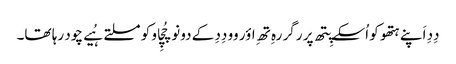
دِدِ اَپنے ہتھو کو اُسکے پِتھ پر رگر رہِ تھِ اؤر وو دِدِ کے دونو چُچِاو کو مسلتے ہُیے چود رہا تھا۔